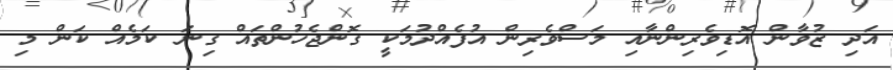
އަދި ޒުވާން އޮޑިވެރިންނާއި މަސްވެރިން އުފެއްދުމަކީ ގޮންޖެހުންތައް ގިނަ ކަމެއް ކަން މި